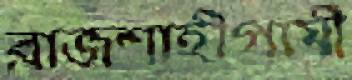
রাজশাহীগামী